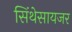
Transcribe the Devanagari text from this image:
सिंथेसायजर